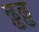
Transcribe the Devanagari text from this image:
ढ्ढढ्ढ